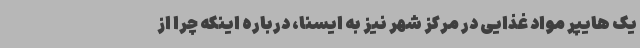
یک هایپر مواد غذایی در مرکز شهر نیز به ایسنا، درباره اینکه چرا از